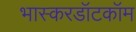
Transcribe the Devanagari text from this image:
भास्करडॉटकॉम